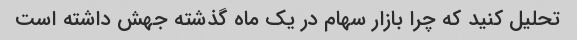
تحلیل کنید که چرا بازار سهام در یک ماه گذشته جهش داشته است